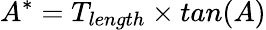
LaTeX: A^{*}=T_{length}\times tan(A)